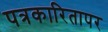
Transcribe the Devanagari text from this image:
पत्रकारितापर